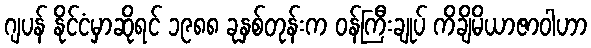
ဂျပန် နိုင်ငံမှာဆိုရင် ၁၉၈၈ ခုနှစ်တုန်းက ဝန်ကြီးချုပ် ကိချိမိယာဇာဝါဟာ